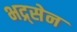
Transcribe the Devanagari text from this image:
भद्र्सेन